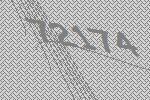
72174